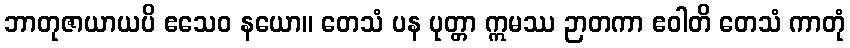
ဘာတုဇာယာယပိ ဧသေဝ နယော။ တေသံ ပန ပုတ္တာ ဣမဿ ဉာတကာ ဧဝါတိ တေသံ ကာတုံ